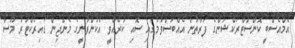
އެމްއެސްބީ ކޮންސްޓްރަކްޝަންގެ ފަރާތުން އެއްބަސްވުމުގައި ސޮއި ކުރެއްވީ އެކުންފުނީގެ މެނޭޖިން ޑައިރެކްޓަރު މޫސާ